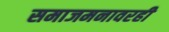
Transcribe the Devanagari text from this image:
समाजमनावरही